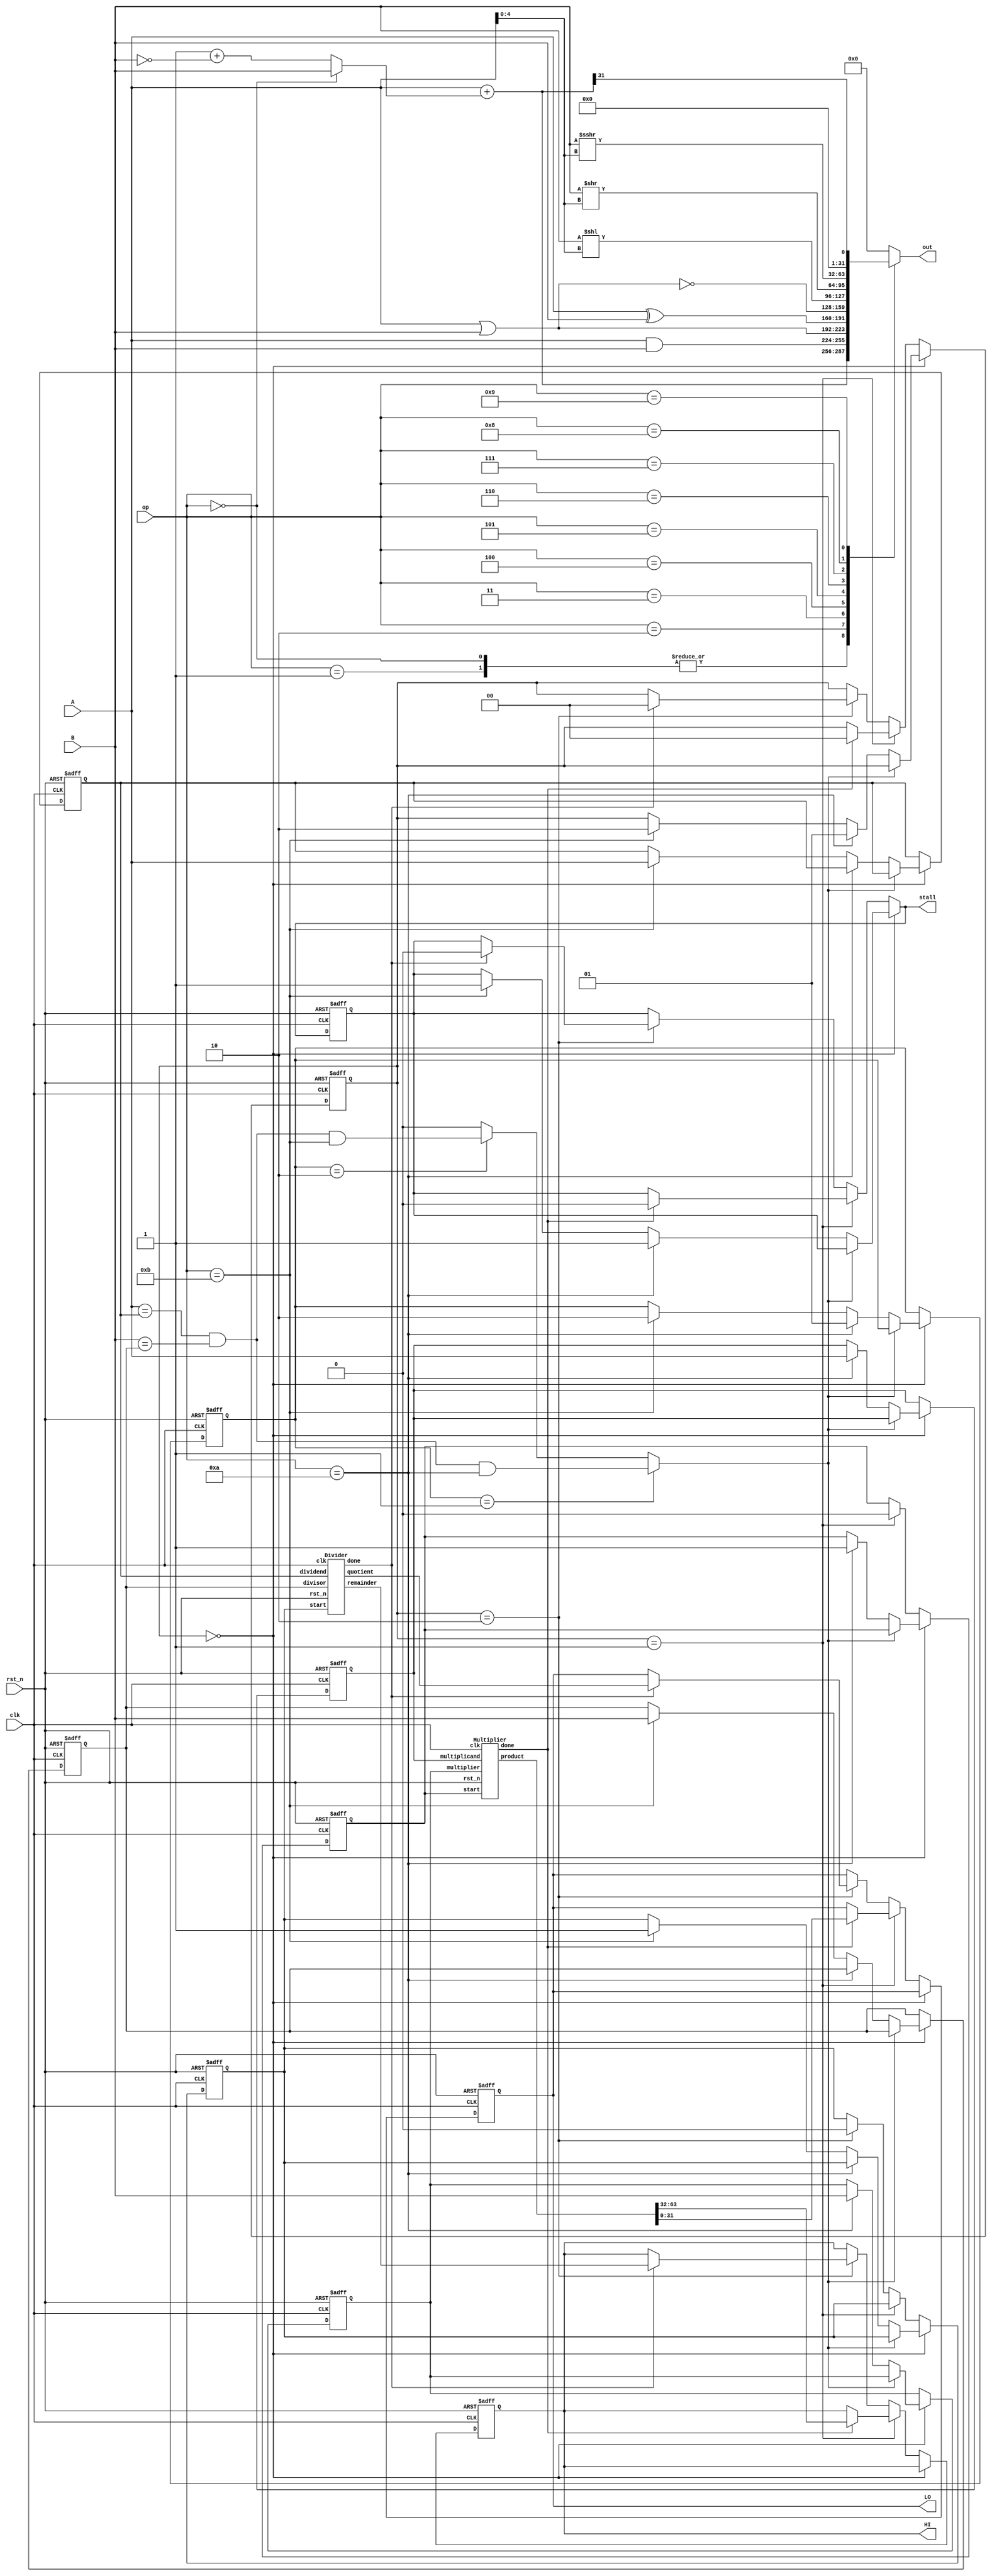
/*
    Module:         ALU
    Author:         Victor Huang
    Description:
        An arithmetic logic unit that supports:
            1.  Addition
            2.  Subtraction
            3.  AND
            4.  OR
            5.  XOR
            6.  NOR
            7.  SLL
            8.  SRL
            9.  SRA
            10. SLT
*/

module ALU(
    clk,
    rst_n,
    op,
    A,
    B,
    HI,
    LO,
    out,
    stall
);
    input         clk;
    input         rst_n;
    input   [3:0] op;
    input  [31:0] A;
    input  [31:0] B;
    output [31:0] HI;
    output [31:0] LO;
    output [31:0] out;
    output        stall;

    reg  [31:0] out;
    wire [31:0] add_sub;
    wire [31:0] B_neg;
    wire  [4:0] shamt;
    reg  [31:0] HI, HI_next; 
    reg  [31:0] LO, LO_next;

    reg   [1:0] state, state_next;
    reg         stall_r, stall_w;
    parameter S_NORMAL = 2'd0;
    parameter S_MULT = 2'd1;
    parameter S_DIV = 2'd2;
    assign stall = stall_w;

    reg   [1:0] prev_op, prev_op_next;
    parameter PREV_NONE = 2'd0;
    parameter PREV_MULT = 2'd1;
    parameter PREV_DIV = 2'd2;

    reg         mult_start, mult_start_next;
    wire        mult_done;
    reg  [31:0] mult_A, mult_A_next; 
    reg  [31:0] mult_B, mult_B_next;
    wire [63:0] mult_prod;
    reg         div_start, div_start_next;
    wire        div_done;
    reg  [31:0] div_A, div_A_next;
    reg  [31:0] div_B, div_B_next;
    wire [31:0] div_quo, div_rem;
    reg         same, duplicated;

    always @ (*) begin
        same = (A == div_A) & (B == div_B);
        if (prev_op == PREV_MULT)     duplicated = same & (op == 4'hA);
        else if (prev_op == PREV_DIV) duplicated = same & (op == 4'hB);
        else                          duplicated = 1'b0;
    end

    Multiplier Multiplier_inst (
        .clk(clk),
        .rst_n(rst_n),
        .start(mult_start),
        .done(mult_done),
        .multiplicand(mult_A),
        .multiplier(mult_B),
        .product(mult_prod)
    );

    Divider Divider_inst (
        .clk(clk),
        .rst_n(rst_n),
        .start(div_start),
        .done(div_done),
        .dividend(div_A),
        .divisor(div_B),
        .quotient(div_quo),
        .remainder(div_rem)
    );

    assign B_neg = 1 + ~B;
    assign add_sub = A + ((op==4'b0) ? B : B_neg);
    assign shamt = A[4:0];

    always @ (*) begin
        case (op)
            4'h0: out = add_sub;              // ADD
            4'h1: out = add_sub;              // SUB
            4'h2: out = A & B;                // AND
            4'h3: out = A | B;                // OR
            4'h4: out = A ^ B;                // XOR
            4'h5: out = ~(A | B);             // NOR
            4'h6: out = B << shamt;           // SLL
            4'h7: out = B >> shamt;           // SRL
            4'h8: out = $signed(B) >>> shamt; // SRA 
            4'h9: out = {31'b0, add_sub[31]}; // SLT
            default: out = 32'b0;
        endcase
    end

    always @ (*) begin
        HI_next = HI;
        LO_next = LO;
        stall_w = stall_r;
        mult_start_next = mult_start;
        mult_A_next = mult_A;
        mult_B_next = mult_B;
        div_start_next = div_start;
        div_A_next = div_A;
        div_B_next = div_B;
        prev_op_next = prev_op;
        state_next = state;

        if (state == S_NORMAL) begin
            if (~duplicated) begin
                if (op == 4'hA) begin
                    stall_w = 1'b1;
                    mult_start_next = 1'b1;
                    mult_A_next = A;
                    mult_B_next = B;
                    prev_op_next = PREV_MULT;
                    state_next = S_MULT;
                end
                else if (op == 4'hB) begin
                    stall_w = 1'b1;
                    div_start_next = 1'b1;
                    div_A_next = A;
                    div_B_next = B;
                    prev_op_next = PREV_DIV;
                    state_next = S_DIV;
                end
            end
        end
        else if (state == S_MULT) begin
            mult_start_next = 1'b0;
            if (mult_done) begin
                stall_w = 1'b0;                
                {HI_next, LO_next} = mult_prod;
                state_next = S_NORMAL;
            end
        end
        else if (state == S_DIV) begin
            div_start_next = 1'b0;
            if (div_done) begin
                stall_w = 1'b0;
                {HI_next, LO_next} = {div_rem, div_quo};
                state_next = S_NORMAL;
            end
        end
    end

    always @ (posedge clk or negedge rst_n) begin
        if (~rst_n) begin
            HI <= 32'b0;
            LO <= 32'b0;
            stall_r <= 1'b0;
            mult_start <= 1'b0;
            mult_A <= 32'b0;
            mult_B <= 32'b0;
            div_start <= 1'b0;
            div_A <= 32'b0;
            div_B <= 32'b0;
            prev_op <= PREV_NONE;
            state <= S_NORMAL;
        end
        else begin
            HI <= HI_next;
            LO <= LO_next;
            stall_r <= stall_w;
            mult_start <= mult_start_next;
            mult_A <= mult_A_next;
            mult_B <= mult_B_next;
            div_start <= div_start_next;
            div_A <= div_A_next;
            div_B <= div_B_next;
            prev_op <= prev_op_next;
            state <= state_next;
        end
    end
endmodule


module Multiplier (
    clk,
    rst_n,
    start,
    done,
    multiplicand,
    multiplier,
    product
);
    input         clk;
    input         rst_n;
    input         start;
    output        done;
    input  [31:0] multiplicand;
    input  [31:0] multiplier;
    output [63:0] product;

    reg   [1:0] state, state_next;
    reg   [5:0] counter, counter_next;
    reg         done, done_next;
    reg  [63:0] product, product_next;
    parameter S_IDLE = 2'd0;
    parameter S_CALC = 2'd1;

    always @ (*) begin
        state_next = state;
        done_next = 1'b0;
        product_next = product;
        if (state == S_IDLE) begin
            counter_next = 6'd0;
            if (start) begin
                product_next = {32'b0, multiplier};
                state_next = S_CALC;
            end
        end
        else begin
            counter_next = counter + 1;
            if (counter == 6'd32) begin
                done_next = 1'b1;
                product_next = product;
                state_next = S_IDLE;
            end
            else begin
                if (product[0]) begin
                    if (counter != 6'd31) product_next = {product[63:32] + multiplicand, product[31:0]} >> 1;
                    else product_next = {product[63:32] - multiplicand, product[31:0]} >> 1;
                    product_next[63] = product_next[62];
                end
                else begin
                    product_next = product >> 1'b1;
                    product_next[63] = product_next[62];
                end
            end
        end
    end

    always @ (posedge clk or negedge rst_n) begin
        if (~rst_n) begin
            done <= 1'b0;
            counter <= 6'b0;
            product <= 64'b0;
            state <= S_IDLE;
        end
        else begin
            done <= done_next;
            counter <= counter_next;
            product <= product_next;
            state <= state_next;
        end
    end
endmodule


module Divider (
    clk,
    rst_n,
    start,
    done,
    dividend,
    divisor,
    quotient,
    remainder
);
    // dividend / divisor = quotient ... remainder
    input         clk;
    input         rst_n;
    input         start;
    output        done;
    input  [31:0] dividend;
    input  [31:0] divisor;
    output [31:0] quotient;
    output [31:0] remainder;

    reg   [1:0] state, state_next;
    parameter S_IDLE = 2'd0;
    parameter S_CALC = 2'd1;

    reg   [5:0] counter, counter_next;
    reg         done, done_next;
    reg  [31:0] quotient, quotient_next;
    reg  [31:0] remainder, remainder_next;
    reg  [63:0] data, data_next;
    reg  [31:0] diff;
    wire [31:0] dividend_sign, divisor_sign;
    wire        dividend_neg, divisor_neg;

    assign dividend_neg = dividend[31];
    assign divisor_neg = divisor[31];
    assign dividend_sign = dividend_neg ? (~dividend + 1'b1) : dividend;
    assign divisor_sign = divisor_neg ? (~divisor + 1'b1) : divisor;

    always @ (*) begin
        state_next = state;
        done_next = 1'b0;
        data_next = data;
        remainder_next = (dividend_neg) ? (~data[63:32] + 1'b1) : data[63:32];
        quotient_next = (dividend_neg!=divisor_neg) ? (~data[31:0] + 1'b1) : data[31:0];
        if (state == S_IDLE) begin
            counter_next = 6'd0;
            if (start) begin
                data_next = {32'b0, dividend_sign};
                state_next = S_CALC;
            end
        end
        else begin
            counter_next = counter + 1;
            if (counter == 6'd32) begin
                data_next = data;
                done_next = 1'b1;
                state_next = S_IDLE;
            end
            else begin
                data_next = data << 1;
                diff = data_next[63:32] - divisor_sign;
                if (~diff[31]) data_next = {diff, data[30:0], 1'b1};
            end
        end
    end

    always @ (posedge clk or negedge rst_n) begin
        if (~rst_n) begin
            done <= 1'b0;
            counter <= 6'b0;
            quotient <= 32'b0;
            remainder <= 32'b0;
            data <= 64'b0;
            state <= S_IDLE;
        end
        else begin
            done <= done_next;
            counter <= counter_next;
            quotient <= quotient_next;
            remainder <= remainder_next;
            data <= data_next;
            state <= state_next;
        end
    end
endmodule